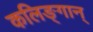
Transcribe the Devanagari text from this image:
कलिङ्गान्‌